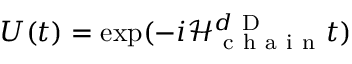
U ( t ) = \exp ( - i \mathcal { H } _ { \mathrm { ~ c ~ h ~ a ~ i ~ n ~ } } ^ { d \mathrm { ~ D ~ } } t )